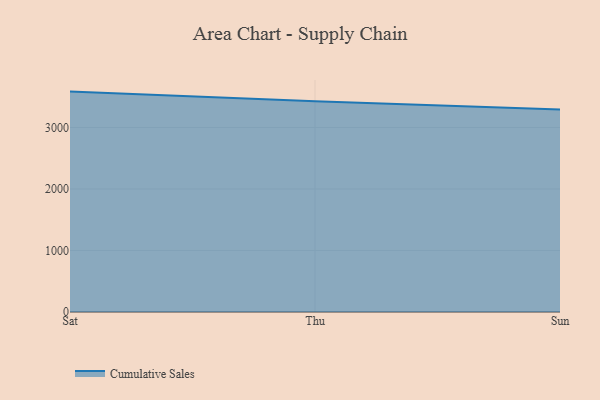
{"axis": {"x": "Day", "y": "Revenue (USD Million)"}, "legend": ["Cumulative Sales"], "data": [{"x": "Sat", "y": 3583.1, "type": "Cumulative Sales"}, {"x": "Thu", "y": 3426.6, "type": "Cumulative Sales"}, {"x": "Sun", "y": 3292.3, "type": "Cumulative Sales"}]}